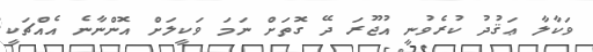
ވަކާލާ ޢަޤުދު ކުރެވުނީ އުޖޫރަ ދޭ ގޮތަށް ނަމަ ވަކީލަށް އޮންނާނެ އެއްޗަކީ